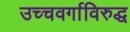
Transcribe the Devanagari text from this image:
उच्चवर्गाविरुद्ध